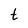
Character: t